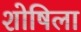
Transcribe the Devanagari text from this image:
शोषिला